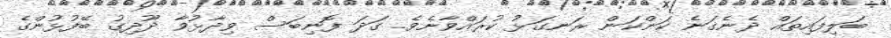
ބަލިފައިތައް ދެނެގަނެ ކަންކަން ރަނގަޅު ކުރައްވާށެވެ. ގަދަ ފޮނިބަސް ވިދާޅުވާ ދޫދިގު ބޭފުޅުންގެ